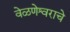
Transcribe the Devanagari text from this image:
वेळणेश्वराचे